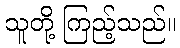
သူတို့ ကြည့်သည်။